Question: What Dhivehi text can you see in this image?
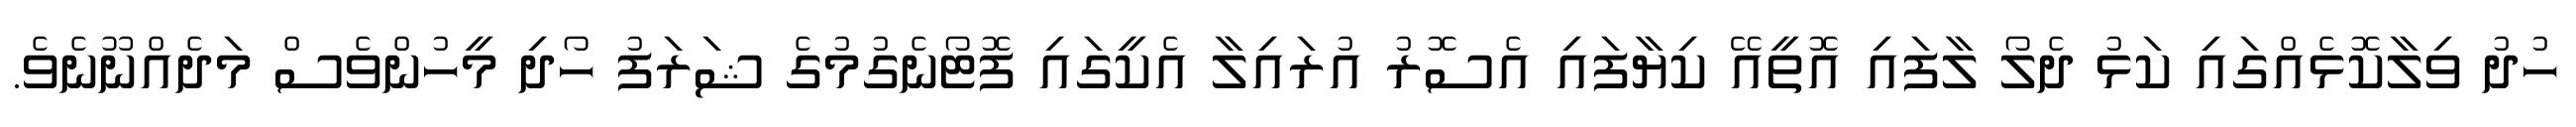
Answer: ހުދު ވިލާކޮޅެއްގައި ކަޅު ދެލޯ ލާފައި އޮތީއޭ ކިޔާފައި އެސޮރު އުރައިލާ އެކީގައި ފޮޓޯނެގުމުގެ ޝަރަފު ހޯދި މީހުންވެސް މަދެއްނޫނެވެ.